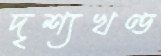
দৃশ্যখণ্ড